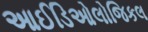
આઈડિઓલોજિકલ